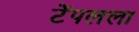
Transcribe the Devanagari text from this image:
टेंपलला